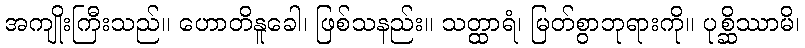
အကျိုးကြီးသည်။ ဟောတိနူခေါ၊ ဖြစ်သနည်း။ သတ္ထာရံ၊ မြတ်စွာဘုရားကို။ ပုစ္ဆိဿာမိ၊